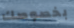
بخصوصك